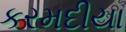
કરમદીયા